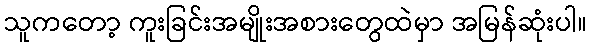
သူကတော့ ကူးခြင်းအမျိုးအစားတွေထဲမှာ အမြန်ဆုံးပါ။